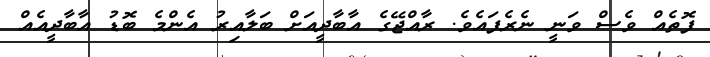
ފޮތެއް ވެސް ވަނީ ނެރެފައެވެ. ރާއްޖޭގެ އާބާދީއަށް ބަލާއިރު އެންމެ ބޮޑު އާބާދީއެއް